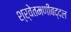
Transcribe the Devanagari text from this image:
श्र्वेतमणींबद्दल